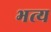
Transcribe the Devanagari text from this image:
भत्य